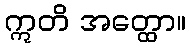
ဣတိ အတ္ထော။